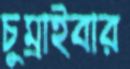
চুম্‌রাইবার